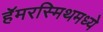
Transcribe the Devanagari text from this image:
हॅमरस्मिथमध्ये